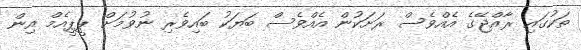
ތަކުގައި ރާއްޖޭގެ އެއްވެސް ރަށަކުން އެއްވެސް ބަޔަކު ބައިވެރި ނުވުމަށް ޕީޕީއެމް އިން